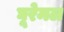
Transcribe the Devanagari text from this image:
घूरेमल